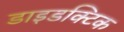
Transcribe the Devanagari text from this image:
डाइडक्टिक